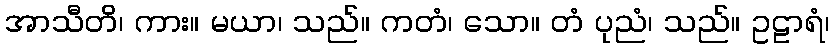
အာသီတိ၊ ကား။ မယာ၊ သည်။ ကတံ၊ သော။ တံ ပုညံ၊ သည်။ ဥဠာရံ၊